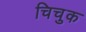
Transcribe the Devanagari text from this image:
चिचुक